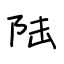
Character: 陆